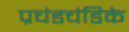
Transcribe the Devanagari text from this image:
प्रचंडचंडिके